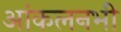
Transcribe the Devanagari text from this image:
आंकलनभी